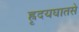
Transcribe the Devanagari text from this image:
ह्रृदयघातसे